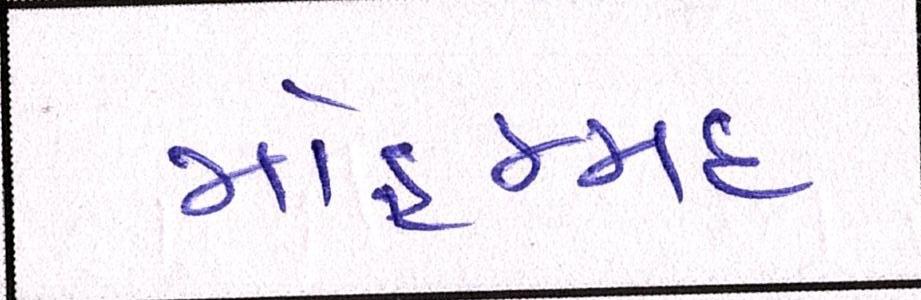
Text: મોહમ્મદ